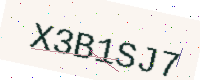
Text: X3B1SJ7